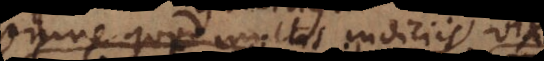
Omne quod multis indiciis